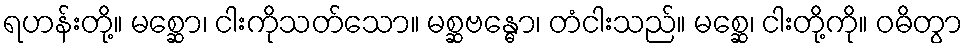
ရဟန်းတို့။ မစ္ဆော၊ ငါးကိုသတ်သော။ မစ္ဆဗန္ဓော၊ တံငါးသည်။ မစ္ဆေ၊ ငါးတို့ကို။ ဝဓိတွာ